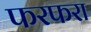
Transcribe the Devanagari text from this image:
फरफरा